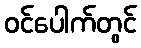
ဝင်ပေါက်တွင်